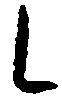
候